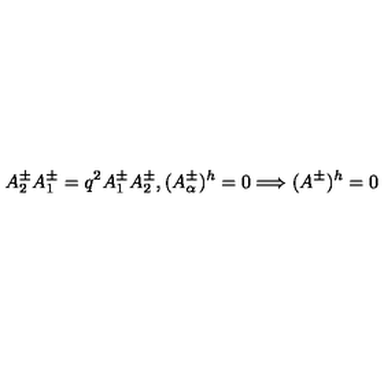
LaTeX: A _ { 2 } ^ { \pm } A _ { 1 } ^ { \pm } = q ^ { 2 } A _ { 1 } ^ { \pm } A _ { 2 } ^ { \pm } , ( A _ { \alpha } ^ { \pm } ) ^ { h } = 0 \Longrightarrow ( A ^ { \pm } ) ^ { h } = 0